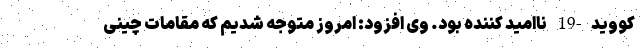
کووید-19 ناامید کننده بود. وی افزود: امروز متوجه شدیم که مقامات چینی